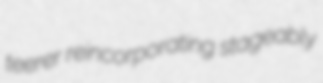
teerer reincorporating stageably